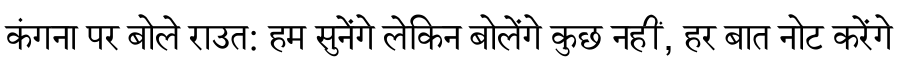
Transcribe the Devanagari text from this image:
कंगना पर बोले राउत: हम सुनेंगे लेकिन बोलेंगे कुछ नहीं, हर बात नोट करेंगे